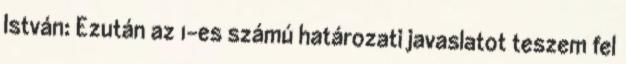
István: Ezután az 1-es számú határozati javaslatot teszem fel